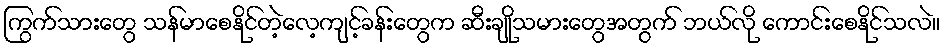
ကြွက်သားတွေ သန်မာစေနိုင်တဲ့လေ့ကျင့်ခန်းတွေက ဆီးချိုသမားတွေအတွက် ဘယ်လို ကောင်းစေနိုင်သလဲ။